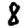
Digit: 8